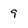
Character: 9